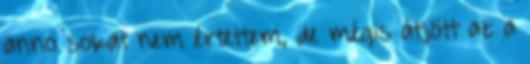
anno sokat nem értettem, de mégis átjött az a